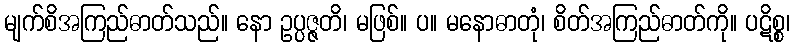
မျက်စိအကြည်ဓာတ်သည်။ နော ဥပ္ပဇ္ဇတိ၊ မဖြစ်။ ပ။ မနောဓာတုံ၊ စိတ်အကြည်ဓာတ်ကို။ ပဋိစ္စ၊